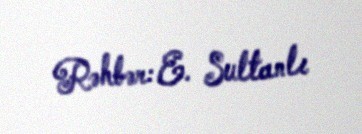
Rəhbər: E. Sultanlı